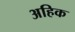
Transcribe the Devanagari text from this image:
अहिक